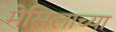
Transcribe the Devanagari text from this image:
मेसिलाच्या